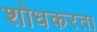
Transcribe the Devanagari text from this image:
शोधकरता